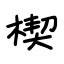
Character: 楔